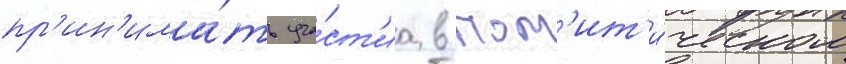
пр'ин'има́ть уча́ст'иа в пол'ит'и́ческом